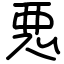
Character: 悪